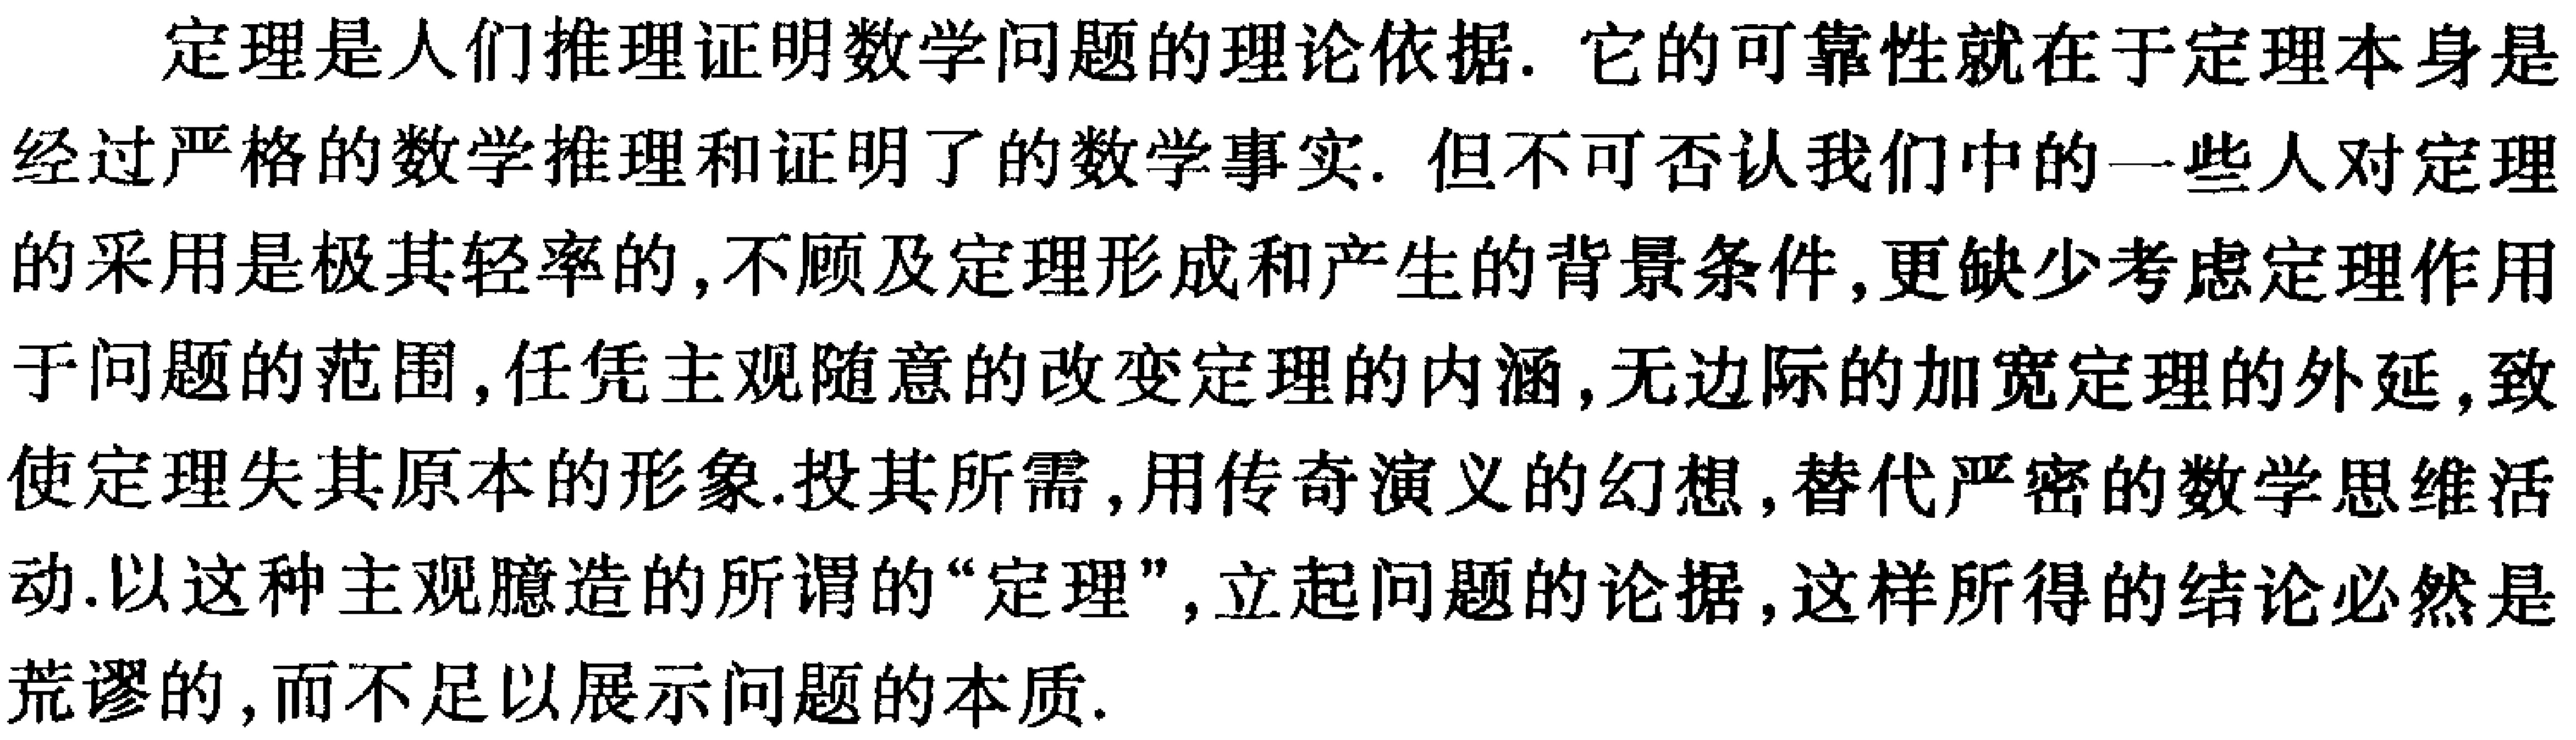
定理是人们推理证明数学问题的理论依据. 它的可靠性就在于定理本身是经过严格的数学推理和证明了的数学事实. 但不可否认我们中的一些人对定理的采用是极其轻率的,不顾及定理形成和产生的背景条件,更缺少考虑定理作用于问题的范围,任凭主观随意的改变定理的内涵,无边际的加宽定理的外延,致使定理失其原本的形象.投其所需,用传奇演义的幻想,替代严密的数学思维活动.以这种主观臆造的所谓的“定理”,立起问题的论据,这样所得的结论必然是荒谬的,而不足以展示问题的本质.